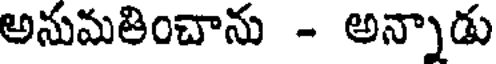
అనుమతించాను - అన్నాడు